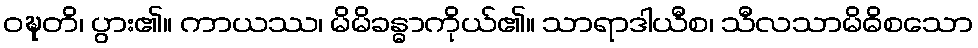
ဝဍ္ဎတိ၊ ပွား၏။ ကာယဿ၊ မိမိခန္ဓာကိုယ်၏။ သာရာဒါယီစ၊ သီလသာမိဓိစသော